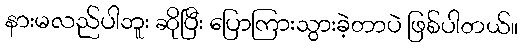
နားမလည်ပါဘူး ဆိုပြီး ပြောကြားသွားခဲ့တာပဲ ဖြစ်ပါတယ်။